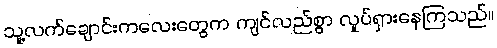
သူ့လက်ချောင်းကလေးတွေက ကျင်လည်စွာ လှုပ်ရှားနေကြသည်။